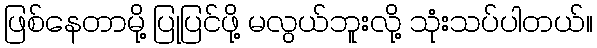
ဖြစ်နေတာမို့ ပြုပြင်ဖို့ မလွယ်ဘူးလို့ သုံးသပ်ပါတယ်။